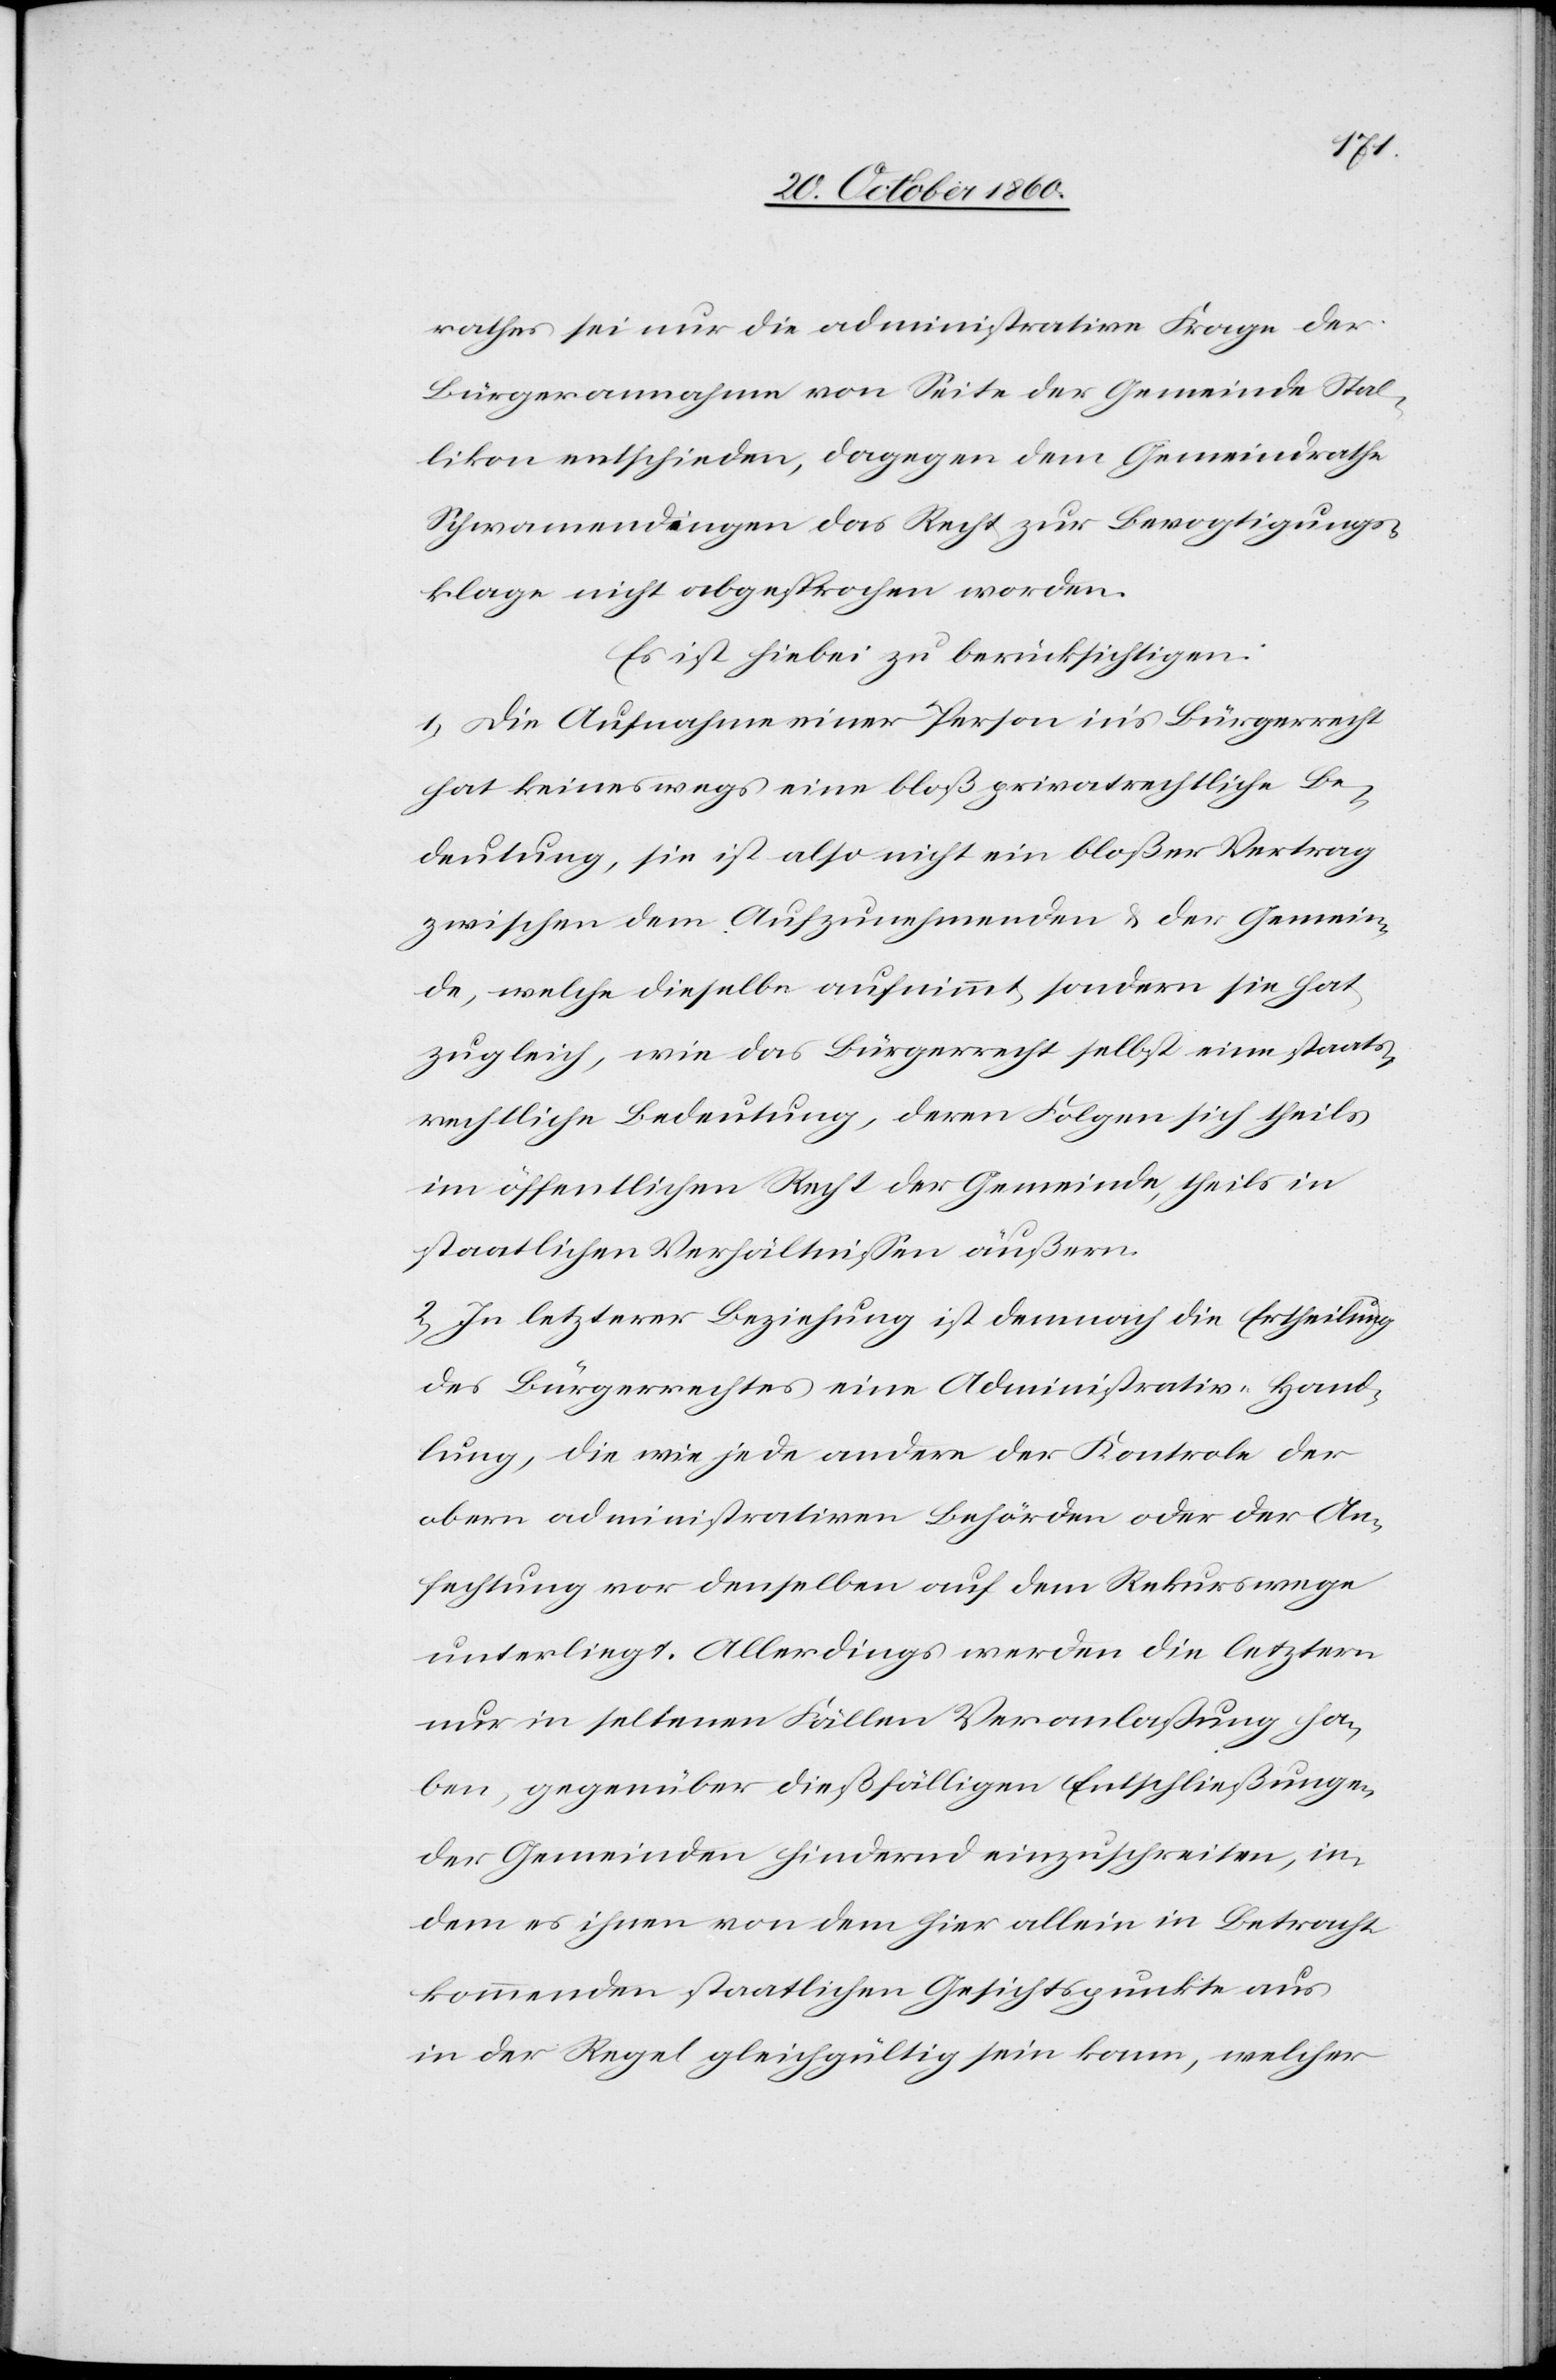
rathes sei nur die administrative Frage der
Bürgerannahme von Seite der Gemeinde Stal¬
likon entschieden, dagegen dem Gemeindrathe
Schwamendingen das Recht zur Bevogtigungs¬
klage nicht abgesprochen worden.
Es ist hiebei zu berücksichtigen:
a) Die Aufnahme einer Person in’s Bürgerrecht
hat keineswegs eine bloß privatrechtliche Be¬
deutung, sie ist also nicht ein bloßer Vertrag
zwischen dem Aufzunehmenden u. der Gemein¬
de, welche dieselbe aufnimmt, sondern sie hat
zugleich, wie das Bürgerrecht selbst eine staats¬
rechtliche Bedeutung, deren Folgen sich theils
im öffentlichen Recht der Gemeinde, theils in
staatlichen Verhältnissen äußern.
2) In letzterer Beziehung ist demnach die Ertheilung
des Bürgerrechtes eine Administrativ-Hand¬
lung, die wie jede andere der Kontrole der
obern administrativen Behörden oder der An¬
fechtung vor denselben auf dem Rekurswege
unterliegt. Allerdings werden die letztern
nur in seltenen Fällen Veranlaßung ha¬
ben, gegenüber dießfälligen Entschließungen
der Gemeinden hindernd einzuschreiten, in¬
dem es ihnen von dem hier allein in Betracht
kommenden staatlichen Gesichtspunkte aus
in der Regel gleichgültig sein kann, welcher